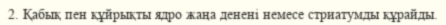
2. Қабық пен құйрықты ядро жаңа денені немесе стриатумды құрайды.